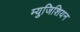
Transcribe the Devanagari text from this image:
म्युजिशियन